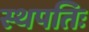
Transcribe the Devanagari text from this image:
स्थपतिः